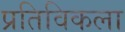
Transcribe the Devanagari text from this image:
प्रतिविकला